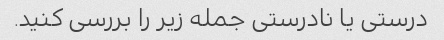
درستی یا نادرستی جمله زیر را بررسی کنید.